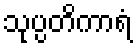
သုပ္ပတိကာရံ